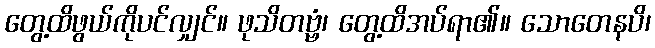
တွေ့ထိဖွယ်ကိုပင်လျှင်။ ဖုသိတဗ္ဗံ၊ တွေ့ထိအပ်ရာ၏။ သောတေနပိ၊